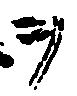
ヲ